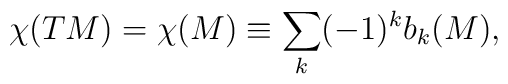
\chi(TM) = \chi(M) \equiv \sum_{k}(-1)^{k}b_{k}(M),